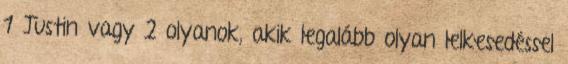
1 Justin vagy 2 olyanok, akik legalább olyan lelkesedéssel